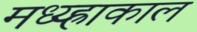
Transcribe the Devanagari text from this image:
मध्य्ह्राकाल